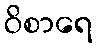
ဝိစာရေ